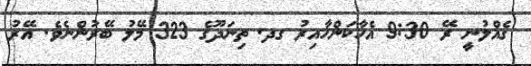
ގެއްލުނީ ރޭ 9:30 އެހާކަންހާއިރު ގދ. ތިނަދޫގެ 323 މޭލު ބޭރުންނެވެ. އޭރު